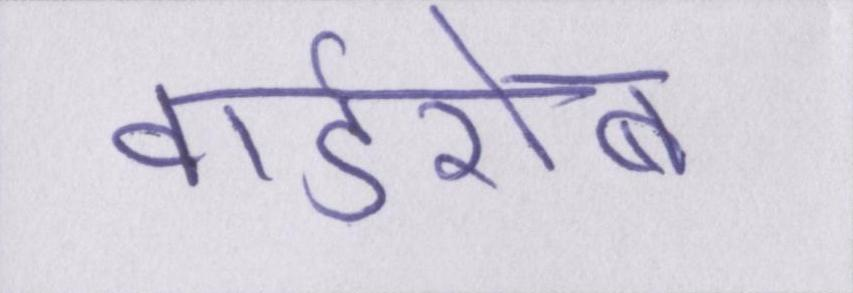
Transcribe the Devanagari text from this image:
वार्डरोब